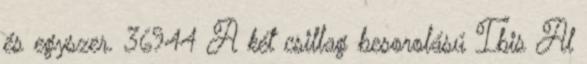
és egyszer. 36944 A két csillag besorolású Ibis Al